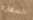
السفارة